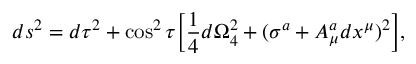
d s ^ { 2 } = d \tau ^ { 2 } + \cos ^ { 2 } \tau \Big [ { \frac { 1 } { 4 } } d \Omega _ { 4 } ^ { 2 } + ( \sigma ^ { a } + A _ { \mu } ^ { a } d x ^ { \mu } ) ^ { 2 } \Big ] ,